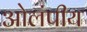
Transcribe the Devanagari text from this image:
ओलंपीय